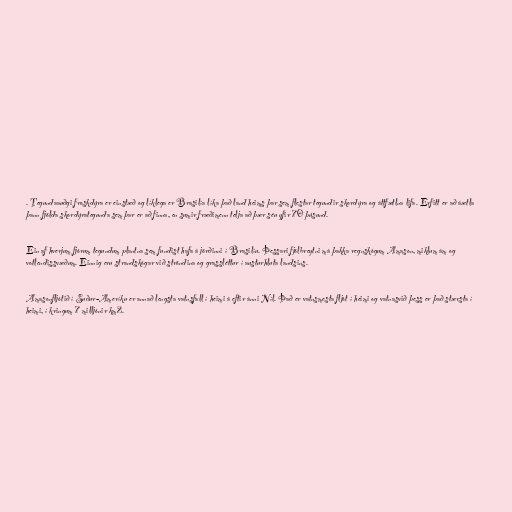
. Tegundaauðgi froskdýra er einstæð og líklega er Brasilía líka það land heims þar sem flestar tegundir skordýra og áttfætlna lifa. Erfitt er að áætla
þann fjölda skordýrategunda sem þar er að finna, en sumir fræðimenn telja að þær séu yfir 70 þúsund.

Ein af hverjum fjórum tegundum plantna sem fundist hafa á jörðinni í Brasilíu. Þessari fjölbreytni má þakka regnskógum Amason, miklum ám og
votlendissvæðum. Einnig eru strandskógar við ströndina og grassléttur í austurhluta landsins.

Amasonfljótið í Suður-Ameríku er annað lengsta vatnsfall í heimi á eftir ánni Níl. Það er vatnsmesta fljót í heimi og vatnasvið þess er það stærsta í
heimi, í kringum 7 milljónir km2.